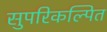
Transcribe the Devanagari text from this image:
सुपरिकल्पित